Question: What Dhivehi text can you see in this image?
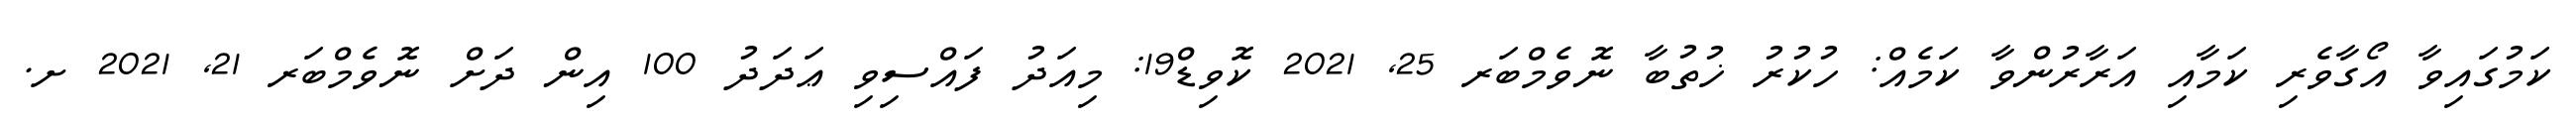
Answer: ކަމުގައިވާ އޯގާވެރި ކަމާއި އަރާރުންވާ ކަމެއް: ހުކުރު ޚުތުބާ ނޮވެމްބަރ 25, 2021 ކޮވިޑް19: މިއަދު ފައްސިވި ޢަދަދު 100 އިން ދަށް ނޮވެމްބަރ 21, 2021 ށ.